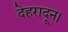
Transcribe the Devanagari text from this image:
देहरादून।